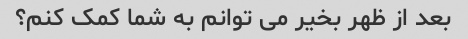
بعد از ظهر بخیر می توانم به شما کمک کنم؟